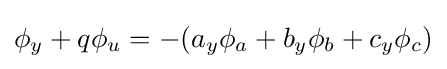
\phi _{y}+q\phi _{u}=-(a_{y}\phi _{a}+b_{y}\phi _{b}+c_{y}\phi _{c})